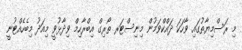
މި ރަސްމިޔާތުގައި ވާހަކަ ދައްކްވަމުން މިނިސްޓަރ ތޯރިގް އިބްރާހިމް ވިދާޅުވީ މިއަދު މިބެހެއްޓުނީ